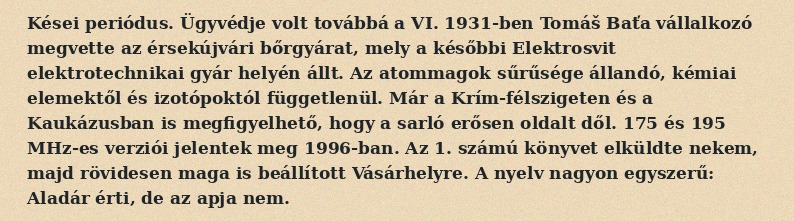
Kései periódus. Ügyvédje volt továbbá a VI. 1931-ben Tomáš Baťa vállalkozó megvette az érsekújvári bőrgyárat, mely a későbbi Elektrosvit elektrotechnikai gyár helyén állt. Az atommagok sűrűsége állandó, kémiai elemektől és izotópoktól függetlenül. Már a Krím-félszigeten és a Kaukázusban is megfigyelhető, hogy a sarló erősen oldalt dől. 175 és 195 MHz-es verziói jelentek meg 1996-ban. Az 1. számú könyvet elküldte nekem, majd rövidesen maga is beállított Vásárhelyre. A nyelv nagyon egyszerű: Aladár érti, de az apja nem.